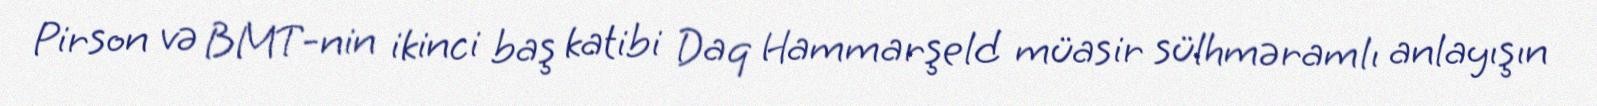
Pirson və BMT-nin ikinci baş katibi Daq Hammarşeld müasir sülhməramlı anlayışın